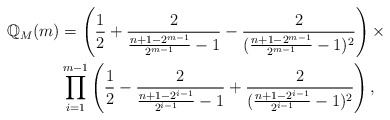
\begin{align*}\mathbb{Q}_{M}(m)&=\left(\frac{1}{2}+\frac{2}{\frac{n+1-2^{m-1}}{2^{m-1}}-1}-\frac{2}{(\frac{n+1-2^{m-1}}{2^{m-1}}-1)^2}\right)\times \\ &\prod_{i=1}^{m-1}\left(\frac{1}{2}-\frac{2}{\frac{n+1-2^{i-1}}{2^{i-1}}-1}+\frac{2}{(\frac{n+1-2^{i-1}}{2^{i-1}}-1)^2}\right),\end{align*}